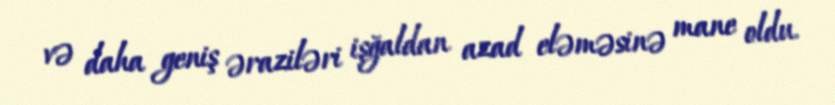
və daha geniş əraziləri işğaldan azad eləməsinə mane oldu.